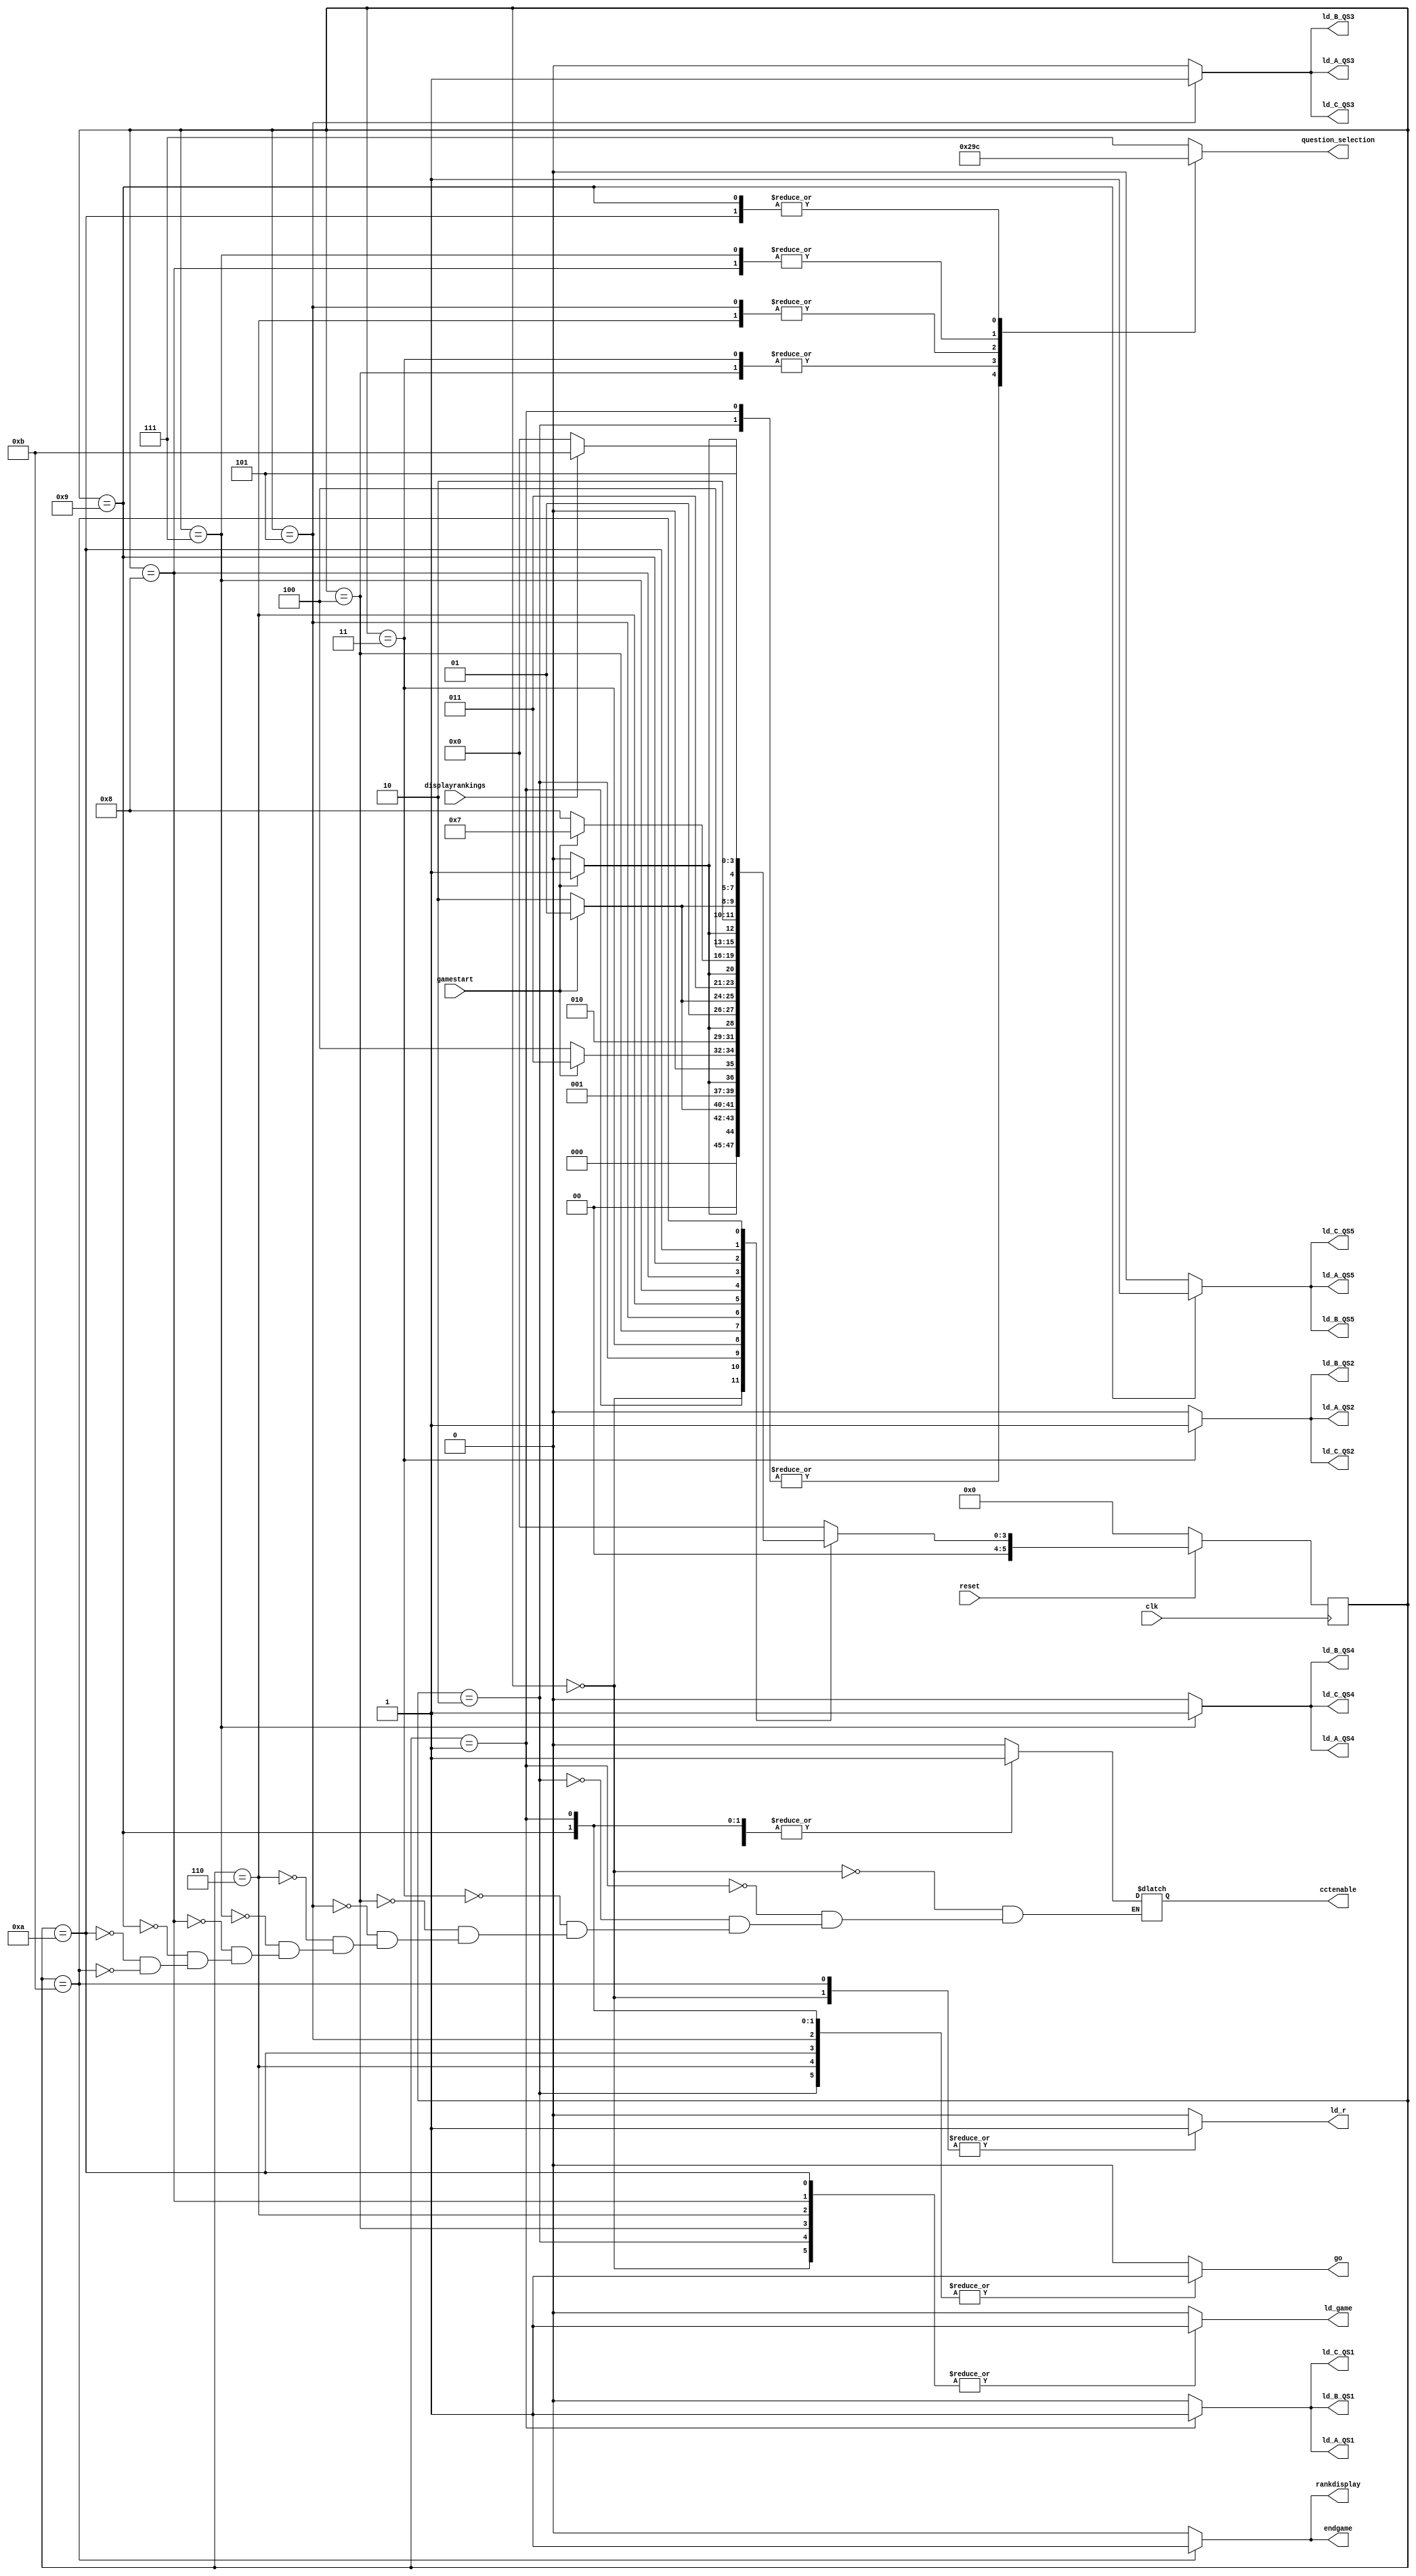
module control(rankdisplay,go,ld_A_QS1,ld_A_QS2,ld_A_QS3,ld_A_QS4,ld_A_QS5,ld_B_QS1,ld_B_QS2,ld_B_QS3,ld_B_QS4,ld_B_QS5,
 ld_C_QS1,ld_C_QS2,ld_C_QS3,ld_C_QS4,ld_C_QS5,
cctenable,clk,ld_r,reset,gamestart,displayrankings,ld_game,question_selection,endgame);

//gamestart is switch 9

//displayrankings is sw8

//a total of 10 load signals for the registers
output reg ld_A_QS1,ld_A_QS2,ld_A_QS3,ld_A_QS4,ld_A_QS5,ld_B_QS1,ld_B_QS2,ld_B_QS3,ld_B_QS4,ld_B_QS5;
output reg  ld_C_QS1,ld_C_QS2,ld_C_QS3,ld_C_QS4,ld_C_QS5;

output reg  go;//to the VGA 
output reg rankdisplay;//to VGA

input clk,reset,gamestart,displayrankings; 
//output to the VGA need to fill this
//output to the datapath
reg [5:0] current_state;
reg [5:0]next_state;
output reg ld_game;//going to the datapath
output reg [2:0] question_selection;
//output reg ld_time_A;//the load signal for the register
//output reg ld_time_B;//the load signal for time registerB
//output reg mux_selectA;//select signal for mux on top of A register
output reg ld_r;//load signal for results register
//output reg  mux_selectB;
output reg cctenable;
output reg  endgame;//to datapath to stop comparing ans and compute the avg time 
localparam      S_GAME_IDLE    = 5'd0,
              
                S_GAME_QUESTION1 = 5'd1,
					 S_GAME_QUESTION1_WAIT=5'd2,
                S_GAME_QUESTION2 = 5'd3,
					 S_GAME_QUESTION2_WAIT=5'd4,
                S_GAME_QUESTION3 = 5'd5,
					 S_GAME_QUESTION3_WAIT=5'd6,
                S_GAME_QUESTION4 = 5'd7,
					 S_GAME_QUESTION4_WAIT=5'd8,
                S_GAME_QUESTION5 = 5'd9,
					 S_GAME_QUESTION5_WAIT=5'd10,
                S_GAME_RANKING      = 5'd11;
					
					 
 // Next state logic aka our state table
    always@(*)
    begin: state_table 
            case (current_state)
                S_GAME_IDLE: next_state = gamestart ? S_GAME_QUESTION1 : S_GAME_IDLE; // Loop in current state until value is input
               
                 S_GAME_QUESTION1: next_state = gamestart ?  S_GAME_QUESTION1:S_GAME_QUESTION1_WAIT; // Loop in current state until value is input
                 
					  S_GAME_QUESTION1_WAIT:next_state = gamestart ?  S_GAME_QUESTION2:S_GAME_QUESTION1_WAIT;
					  
					  
					  
					  
					S_GAME_QUESTION2: next_state = gamestart ?   S_GAME_QUESTION2:S_GAME_QUESTION2_WAIT; // Loop in current state until go signal goes low
                
					S_GAME_QUESTION2_WAIT:next_state = gamestart ?  S_GAME_QUESTION3:S_GAME_QUESTION2_WAIT; 
					 
					 
					 S_GAME_QUESTION3: next_state = gamestart ? S_GAME_QUESTION3 : S_GAME_QUESTION3_WAIT; // Loop in current state until value is input
                
					 S_GAME_QUESTION3_WAIT: next_state = gamestart ? S_GAME_QUESTION4 : S_GAME_QUESTION3_WAIT;
					 S_GAME_QUESTION4: next_state = gamestart ? S_GAME_QUESTION4 : S_GAME_QUESTION4_WAIT; // Loop in current state until go signal goes low
                S_GAME_QUESTION4_WAIT:next_state=gamestart?S_GAME_QUESTION5:S_GAME_QUESTION4_WAIT;
					
					 
					 S_GAME_QUESTION5:next_state=gamestart? S_GAME_QUESTION5:S_GAME_QUESTION5_WAIT;
					 
					 S_GAME_QUESTION5_WAIT: begin
					 if(gamestart==0)
					   next_state=S_GAME_QUESTION5_WAIT;
					 else 
					   next_state=S_GAME_RANKING;
					 
					  
					end
                
					 S_GAME_RANKING: begin
					 if(displayrankings)
					   next_state=S_GAME_RANKING;
						else
						next_state=S_GAME_IDLE;
					 
					 
					 
					 end
					 default:     next_state = S_GAME_IDLE;
        endcase
    end // state_table
               
               
// Output logic aka all of our datapath control signals
    always @(*)
    begin: enable_signals
        // By default make all our signals 0 to avoid latches.
        // This is a different style from using a default statement.
        // It makes the code easier to read.  If you add other out
        // signals be sure to assign a default value for them here.
        ld_game = 1'b0;
		  question_selection=3'b111;//noe of the questions are slected //game not started yet
        endgame=1'b0;
//		  ld_time_A=1'b1;//always load the shift registere??
//		  ld_time_B=1'b1;
//		  mux_selectA=1'b0;
//		  mux_selectB=1'b0;
         ld_A_QS1=1'b0;
			ld_A_QS2=1'b0;
			ld_A_QS3=1'b0;
			ld_A_QS4=1'b0;
			ld_A_QS5=1'b0;
			ld_B_QS1=1'b0;
			ld_B_QS2=1'b0;
			ld_B_QS3=1'b0;
			ld_B_QS4=1'b0;
			ld_B_QS5=1'b0;
			ld_C_QS1=1'b0;
			ld_C_QS2 =1'b0;
			ld_C_QS3=1'b0;
			ld_C_QS4 =1'b0;
			ld_C_QS5=1'b0;
         ld_r=1'b0;
			go=0;
			rankdisplay=0;

		  
		  //set the vga oputputs here 

        case (current_state)
            S_GAME_IDLE: begin
				    ld_game=1'b1;//signal to datapath for beginning of a game 
                //DO NOTHING
					 //CALL THE DISPLAY SIGNAL FOR BASIC FIRST DISPLAY WHEN GAME OPENS
					 go=0;
					 
					 
					 
					 
					 //also reset the counter
//				    ld_time_A=1'b1;//load time comming from datapath
//				    ld_time_B=1'b1;
//				    mux_selectA=1'b0;//select the time from datapath
//				    mux_selectB=1'b0;
				    ld_r=1'b1;
				    cctenable=1'b0;
					 ld_A_QS1=1'b0;
			ld_A_QS2=1'b0;
			ld_A_QS3=1'b0;
			ld_A_QS4=1'b0;
			ld_A_QS5=1'b0;
			ld_B_QS1=1'b0;
			ld_B_QS2=1'b0;
			ld_B_QS3=1'b0;
			ld_B_QS4=1'b0;
			ld_B_QS5=1'b0;
			ld_C_QS1=1'b0;
			ld_C_QS2 =1'b0;
			ld_C_QS3=1'b0;
			ld_C_QS4 =1'b0;
			ld_C_QS5=1'b0;
				
                end
            S_GAME_QUESTION1: begin
                //CALL THE VGA FOR FIRST QUESTION DISPLAY
					 question_selection=3'b000;
					 ld_game=1'b0;//dont reset the data path game happening
					
//				     ld_time_A=1'b1;//load time comming from datapath
//				    ld_time_B=1'b1;
//				    mux_selectA=1'b0;//select the time from datapath
//				  mux_selectB=1'b0;
				  ld_A_QS1=1'b1;
				  ld_B_QS1=1'b1;
				  
				  
				  ld_A_QS2=1'b0;
			     ld_A_QS3=1'b0;
			     ld_A_QS4=1'b0;
			ld_A_QS5=1'b0;
			ld_B_QS2=1'b0;
			ld_B_QS3=1'b0;
			ld_B_QS4=1'b0;
			ld_B_QS5=1'b0;
			ld_C_QS1=1'b1;
			ld_C_QS2 =1'b0;
			ld_C_QS3=1'b0;
			ld_C_QS4 =1'b0;
			ld_C_QS5=1'b0;
				 
				//ld_r=1'b1;
				//signal to click tic to begin counting time in milliseconds
				cctenable=1'b1; //qs 1 is displayed
				go=1'b1; 
				
				
				end
		      S_GAME_QUESTION1_WAIT:begin
				    question_selection=3'b000;
					 ld_game=1'b1;//reset the datapath for the next question 
//					
//				     ld_time_A=1'b1;//load time comming from datapath
//				    ld_time_B=1'b1;
//				    mux_selectA=1'b1;//select the time from alu
//				  mux_selectB=1'b1;
//				 
				//ld_r=1'b1;
				//now stop timer for that question 
				cctenable=1'b0;
				ld_A_QS1=1'b0;
				  ld_A_QS2=1'b0;
				  
			     ld_A_QS3=1'b0;
			     ld_A_QS4=1'b0;
			ld_A_QS5=1'b0;
			 
			 ld_B_QS1=1'b0;
			ld_B_QS2=1'b0;
			ld_B_QS3=1'b0;
			ld_B_QS4=1'b0;
			ld_B_QS5=1'b0;
			ld_C_QS1=1'b0;
			ld_C_QS2 =1'b0;
			ld_C_QS3=1'b0;
			ld_C_QS4 =1'b0;
			ld_C_QS5=1'b0;
			go=1'b1;	 

		
					
                end
            S_GAME_QUESTION2: begin
                //CALL VGA FOR DISPLAY 1 QUESTION 
					  question_selection=3'b001;//just select a question so correct ans is known 
                ld_game=1'b0;//reset the datapath for next question  
//					  ld_time_A=1'b1;//load time comming from datapath
//				    ld_time_B=1'b1;
//				    mux_selectA=1'b0;//select the time from datapath
//				  mux_selectB=1'b0;
				 //ld_r=1'b1;
				 
				 ld_A_QS1=1'b0;
				  ld_A_QS2=1'b1;
				  
			     ld_A_QS3=1'b0;
			     ld_A_QS4=1'b0;
			ld_A_QS5=1'b0;
			 
			 ld_B_QS1=1'b0;
			ld_B_QS2=1'b1;
			ld_B_QS3=1'b0;
			ld_B_QS4=1'b0;
			ld_B_QS5=1'b0;
			ld_C_QS1=1'b0;
			ld_C_QS2 =1'b1;
			ld_C_QS3=1'b0;
			ld_C_QS4 =1'b0;
			ld_C_QS5=1'b0;
				 
				go=1'b0; 
				 
				 
				 
					 
				cctenable=1'b1;//begin timer for qs 2
				
					 
					 
					 end
           
			 S_GAME_QUESTION2_WAIT:begin
				    question_selection=3'b001;
					 ld_game=1'b1;//reset the datapath for the next question 
//
//				     ld_time_A=1'b1;//load time comming from datapath
//				    ld_time_B=1'b1;
//				    mux_selectA=1'b1;//select the time from alu
//				  mux_selectB=1'b1;
				 //ld_r=1'b1;
		        cctenable=1'b0;
				  go=1'b0;
				  
				  
				  
				  
				  
				  ld_A_QS1=1'b0;
				  ld_A_QS2=1'b0;
				  
			     ld_A_QS3=1'b0;
			     ld_A_QS4=1'b0;
			ld_A_QS5=1'b0;
			 
			 ld_B_QS1=1'b0;
			ld_B_QS2=1'b0;
			ld_B_QS3=1'b0;
			ld_B_QS4=1'b0;
			ld_B_QS5=1'b0;
			ld_C_QS1=1'b0;
			ld_C_QS2 =1'b0;
			ld_C_QS3=1'b0;
			ld_C_QS4 =1'b0;
			ld_C_QS5=1'b0;
				 
					
                end
			
		
	
         	S_GAME_QUESTION3: begin
                //CALL VGA TO DISPLAY 2 QUESTION 
					  question_selection=3'b010;
					  ld_game=1'b0;
//					   ld_game=1'b0;//reset the datapath for next question  
//					  ld_time_A=1'b1;//load time comming from datapath
//				    ld_time_B=1'b1;
//				    mux_selectA=1'b0;//select the time from datapath
//				  mux_selectB=1'b0;
				 
				//ld_r=1'b1;
				cctenable=1'b1;
				
				ld_A_QS1=1'b0;
				  ld_A_QS2=1'b0;
				  
			     ld_A_QS3=1'b1;
			     ld_A_QS4=1'b0;
			ld_A_QS5=1'b0;
			 
			 ld_B_QS1=1'b0;
			ld_B_QS2=1'b0;
			ld_B_QS3=1'b1;
			ld_B_QS4=1'b0;
			ld_B_QS5=1'b0;
			ld_C_QS1=1'b0;
			ld_C_QS2 =1'b0;
			ld_C_QS3=1'b1;
			ld_C_QS4 =1'b0;
			ld_C_QS5=1'b0;
			go=1'b1;	
				
				
				
				
				
				
				
                end
            
				S_GAME_QUESTION3_WAIT:begin
				    question_selection=3'b010;
					 ld_game=1'b1;//reset the datapath for the next question 
//                 ld_time_A=1'b1;//load time comming from datapath
//				    ld_time_B=1'b1;
//				    mux_selectA=1'b1;//select the time from alu
//				  mux_selectB=1'b1;
//		        ld_r=1'b1;
					cctenable=1'b0;
					
					ld_A_QS1=1'b0;
				  ld_A_QS2=1'b0;
				  
			     ld_A_QS3=1'b0;
			     ld_A_QS4=1'b0;
			ld_A_QS5=1'b0;
			 
			 ld_B_QS1=1'b0;
			ld_B_QS2=1'b0;
			ld_B_QS3=1'b0;
			ld_B_QS4=1'b0;
			ld_B_QS5=1'b0;
			ld_C_QS1=1'b0;
			ld_C_QS2 =1'b0;
			ld_C_QS3=1'b0;
			ld_C_QS4 =1'b0;
			ld_C_QS5=1'b0;
			go=1'b1;	 
					
					
					
					
					
					
					
					
                end
				
				
				
				S_GAME_QUESTION4: begin 
               //CALL VGA TO DISPLAY QS 3 
					 question_selection=3'b011;
					 ld_game=1'b0;
//					  ld_game=1'b0;//reset the datapath for next question  
//					  ld_time_A=1'b1;//load time comming from datapath
//				    ld_time_B=1'b1;
//				    mux_selectA=1'b0;//select the time from datapath
//				  mux_selectB=1'b0;
//				  ld_r=1'b1;
				  cctenable=1'b1;
				  
				 ld_A_QS1=1'b0;
				  ld_A_QS2=1'b0;
				  
			     ld_A_QS3=1'b0;
			     ld_A_QS4=1'b1;
			ld_A_QS5=1'b0;
			 
			 ld_B_QS1=1'b0;
			ld_B_QS2=1'b0;
			ld_B_QS3=1'b0;
			ld_B_QS4=1'b1;
			ld_B_QS5=1'b0;
		ld_C_QS1=1'b0;
			ld_C_QS2 =1'b0;
			ld_C_QS3=1'b0;
			ld_C_QS4 =1'b1;
			ld_C_QS5=1'b0;	
			go=1'b0;	  
				  
				  
				  
				  
				  
				
            end
            
				S_GAME_QUESTION4_WAIT:begin
				    question_selection=3'b011;
					 ld_game=1'b1;//reset the datapath for the next question 
//                 ld_time_A=1'b1;//load time comming from datapath
//				    ld_time_B=1'b1;
//				    mux_selectA=1'b1;//select the time from alu
//				  mux_selectB=1'b1;
		         //ld_r=1'b1;
					
					
					go=1'b0;
					
					
					
					ld_A_QS1=1'b0;
				  ld_A_QS2=1'b0;
				  
			     ld_A_QS3=1'b0;
			     ld_A_QS4=1'b0;
			ld_A_QS5=1'b0;
			 
			 ld_B_QS1=1'b0;
			ld_B_QS2=1'b0;
			ld_B_QS3=1'b0;
			ld_B_QS4=1'b0;
			ld_B_QS5=1'b0;
			ld_C_QS1=1'b0;
			ld_C_QS2 =1'b0;
			ld_C_QS3=1'b0;
			ld_C_QS4 =1'b0;
			ld_C_QS5=1'b0;
				 
					cctenable=1'b0;
                end
				
				
				
				
				
				S_GAME_QUESTION5: begin 
				//CALL VGA TO DISPLAY QS 4
			   question_selection=3'b100;	
				ld_game=1'b0;
				 ld_game=1'b0;//reset the datapath for next question  
//					  ld_time_A=1'b1;//load time comming from datapath
//				    ld_time_B=1'b1;
//				    mux_selectA=1'b0;//select the time from datapath
//				  mux_selectB=1'b0;
//				  ld_r=1'b1;
				cctenable=1'b1;
				ld_A_QS1=1'b0;
				  ld_A_QS2=1'b0;
				  
			     ld_A_QS3=1'b0;
			     ld_A_QS4=1'b0;
			ld_A_QS5=1'b1;
			 
			 ld_B_QS1=1'b0;
			ld_B_QS2=1'b0;
			ld_B_QS3=1'b0;
			ld_B_QS4=1'b0;
			ld_B_QS5=1'b1;
			ld_C_QS1=1'b0;
			ld_C_QS2 =1'b0;
			ld_C_QS3=1'b0;
			ld_C_QS4 =1'b0;
			ld_C_QS5=1'b1;
				
				go=1'b1;
				
				
				
				
				
				end
				
				
				S_GAME_QUESTION5_WAIT:begin
				    question_selection=3'b100;
					 ld_game=1'b1;//reset the datapath for the next question 
//                 ld_time_A=1'b1;//load time comming from datapath
//				    ld_time_B=1'b1;
//				    mux_selectA=1'b1;//select the time from alu
//				  mux_selectB=1'b1;
//				  ld_r=1'b1;
		cctenable=1'b0;
		go=1'b1;
		
		
		
		
		
		ld_A_QS1=1'b0;
				  ld_A_QS2=1'b0;
				  
			     ld_A_QS3=1'b0;
			     ld_A_QS4=1'b0;
			ld_A_QS5=1'b0;
			 
			 ld_B_QS1=1'b0;
			ld_B_QS2=1'b0;
			ld_B_QS3=1'b0;
			ld_B_QS4=1'b0;
			ld_B_QS5=1'b0;
			ld_C_QS1=1'b0;
			ld_C_QS2 =1'b0;
			ld_C_QS3=1'b0;
			ld_C_QS4 =1'b0;
			ld_C_QS5=1'b0;
				 
					
                end
				
				
				S_GAME_RANKING: begin
			   //call to topmodule to stop comparing and display results on VGA
				endgame=1'b1;
				ld_r=1'b1;//only load results register at end of game 
				cctenable=1'b0;
				
				
				ld_A_QS1=1'b0;
				  ld_A_QS2=1'b0;
				  
			     ld_A_QS3=1'b0;
			     ld_A_QS4=1'b0;
			ld_A_QS5=1'b0;
			 
			 ld_B_QS1=1'b0;
			ld_B_QS2=1'b0;
			ld_B_QS3=1'b0;
			ld_B_QS4=1'b0;
			ld_B_QS5=1'b0;
			ld_C_QS1=1'b0;
			ld_C_QS2 =1'b0;
			ld_C_QS3=1'b0;
			ld_C_QS4 =1'b0;
			ld_C_QS5=1'b0;
			rankdisplay=1'b1;
				 
				
				
				end
				
				
				
				
				
				// default:    // don't need default since we already made sure all of our outputs were assigned a value at the start of the always block
        endcase
    end // enable_signals
   
    // current_state registers
    always@(posedge clk)
    begin: state_FFs
        if(!reset)//active low 
            current_state <= S_GAME_IDLE;
        else
            current_state <= next_state;
    end // state_FFS
endmodule